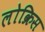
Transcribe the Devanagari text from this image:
लोक्रिस